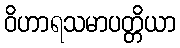
ဝိဟာရသမာပတ္တိယာ